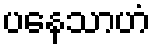
ပနေသာဟံ